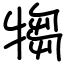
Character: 犓